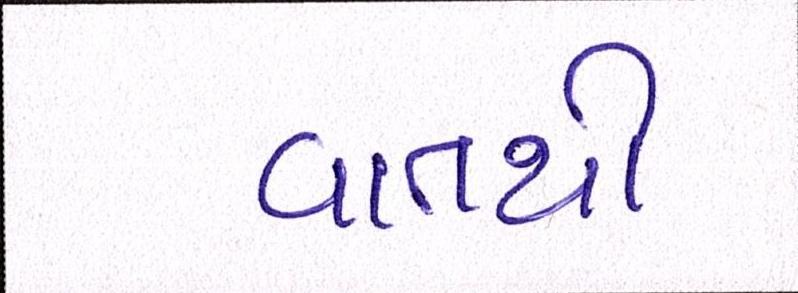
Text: વાતથી